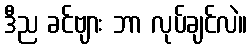
ဒီည ခင်ဗျား ဘာ လုပ်ချင်လဲ။